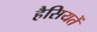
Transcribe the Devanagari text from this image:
हैसियतें